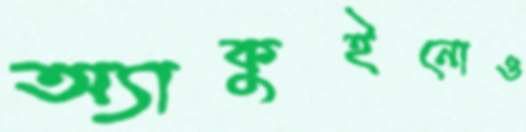
অ্যাকুইনোও